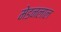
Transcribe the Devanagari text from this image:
मेडनलाल